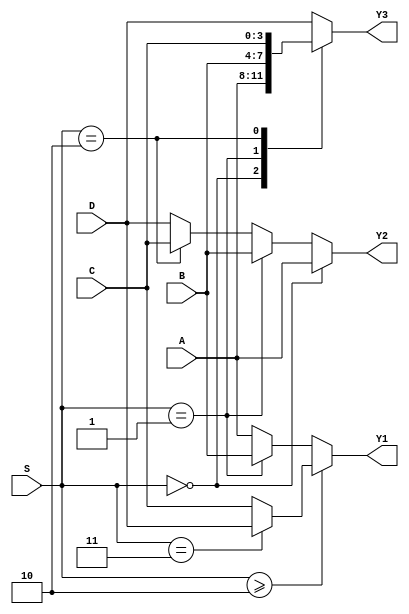
// Ch07 mux.v
// 4  1 hu

module mux (A, B, C, D, S, Y1, Y2, Y3);
input  [3:0] A, B, C, D;	// |J
input  [1:0] S;			// GJ
output [3:0] Y1, Y2, Y3;	// |X
reg    [3:0] Y2, Y3;		// is

// Bl
assign Y1 = (S >= 2) ? ((S==3) ? D : C) : ((S == 1) ? B : A) ;

//  if z
always@ (A or B or C or D or S)
  if      (S == 2'b00)  Y2 = A;
  else if (S == 2'b01)  Y2 = B;
  else if (S == 2'b10)  Y2 = C;
  else                  Y2 = D;

//  case z
always@ (A or B or C or D or S)
  case (S)
    0 :       Y3 = A;
    1 :       Y3 = B;
    2 :       Y3 = C;
    default:  Y3 = D;
  endcase

endmodule